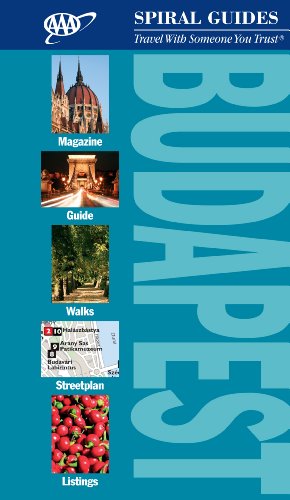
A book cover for AAA Spiral Budapest (AAA Spiral Guides: Budapest); Neal Bedford; Travel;